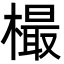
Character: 樶